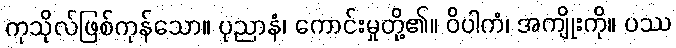
ကုသိုလ်ဖြစ်ကုန်သော။ ပုညာနံ၊ ကောင်းမှုတို့၏။ ဝိပါကံ၊ အကျိုးကို။ ပဿ